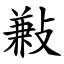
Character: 㪠